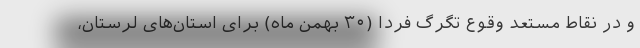
و در نقاط مستعد وقوع تگرگ فردا (۳۰ بهمن ماه)‌ برای استان‌های لرستان،